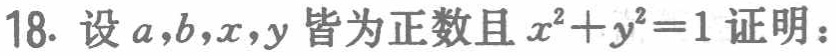
18. 设\(a,b,x,y\)皆为正数且\(x^{2}+y^{2}=1\)证明：